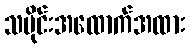
သမိုင်းအထောက်အထား